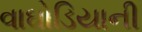
વાઘોડિયાની